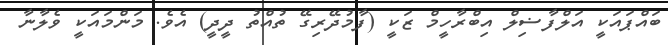
ބައްޕައަކީ އަލްފާޟިލް އިބްރާހީމް ޒަކީ (ފާމުދޭރިގޭ ތުއްތު ދީދީ) އެވެ. މަންމައަކީ ވެލާނާ